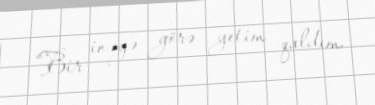
“Bir inəyə görə yetim qaldım.